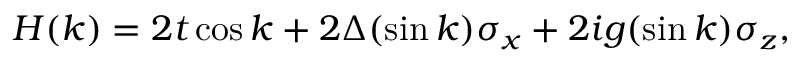
\begin{array} { r } { H ( k ) = 2 t \cos k + 2 \Delta ( \sin k ) \sigma _ { x } + 2 i g ( \sin k ) \sigma _ { z } , } \end{array}